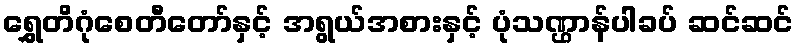
ရွှေတိဂုံစေတီတော်နှင့် အရွယ်အစားနှင့် ပုံသဏ္ဌာန်ပါခပ် ဆင်ဆင်